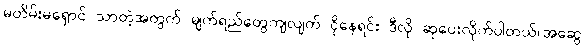
မတိမ်းမရှောင် သာတဲ့အတွက် မျက်ရည်တွေကျလျက် ငိုနေရင်း ဒီလို ဆုပေးလိုက်ပါတယ်။အဆွေ